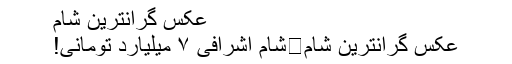
عکس گرانترین شام
عکس گرانترین شام	شام اشرافی ۷ میلیارد تومانی!